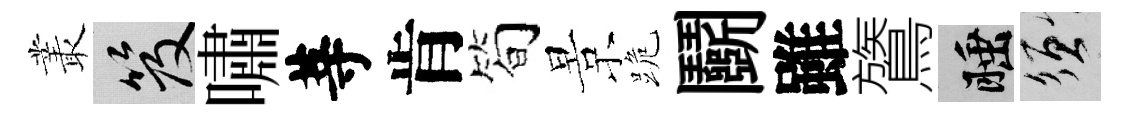
叢笈嘯䓁肯简景跪鬬雖鷟睡須